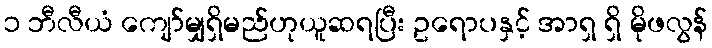
၁ ဘီလီယံ ကျော်မျှရှိမည်ဟုယူဆရပြီး ဥရောပနှင့် အာရှ ရှိ မိုဖလွန်